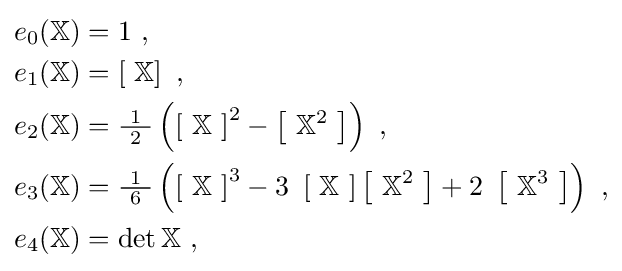
{\begin{aligned}e_{0}\!\left(\mathbb {X} \right)&=1\ ,\\e_{1}\!\left(\mathbb {X} \right)&=\left[\ \mathbb {X} \right]\ ,\\e_{2}\!\left(\mathbb {X} \right)&={\tfrac {\ 1\ }{2}}\left(\left[\ \mathbb {X} \ \right]^{2}-\left[\ \mathbb {X} ^{2}\ \right]\right)\ ,\\e_{3}\!\left(\mathbb {X} \right)&={\tfrac {\ 1\ }{6}}\left(\left[\ \mathbb {X} \ \right]^{3}-3\ \left[\ \mathbb {X} \ \right]\left[\ \mathbb {X} ^{2}\ \right]+2\ \left[\ \mathbb {X} ^{3}\ \right]\right)\ ,\\e_{4}\!\left(\mathbb {X} \right)&=\det \mathbb {X} \ ,\end{aligned}}